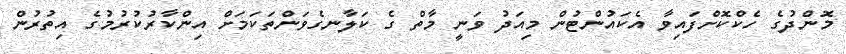
މޮންދުގެ ހެކްކޮށްފައިވާ އެކައުންޓުން މިއަދު ވަނީ މާތް ގެ ކަލާނގެވަންތަކަމަށް އިންކާރުކުރުމުގެ އިތުރުން